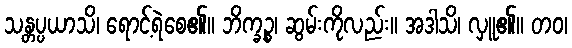
သန္တပ္ပယာသိ၊ ရောင့်ရဲစေ၏။ ဘိက္ခဉ္စ၊ ဆွမ်းကိုလည်း။ အဒါသိ၊ လှူ၏။ တဝ၊